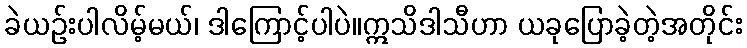
ခဲယဉ်းပါလိမ့်မယ်၊ ဒါကြောင့်ပါပဲ။ဣသိဒါသီဟာ ယခုပြောခဲ့တဲ့အတိုင်း